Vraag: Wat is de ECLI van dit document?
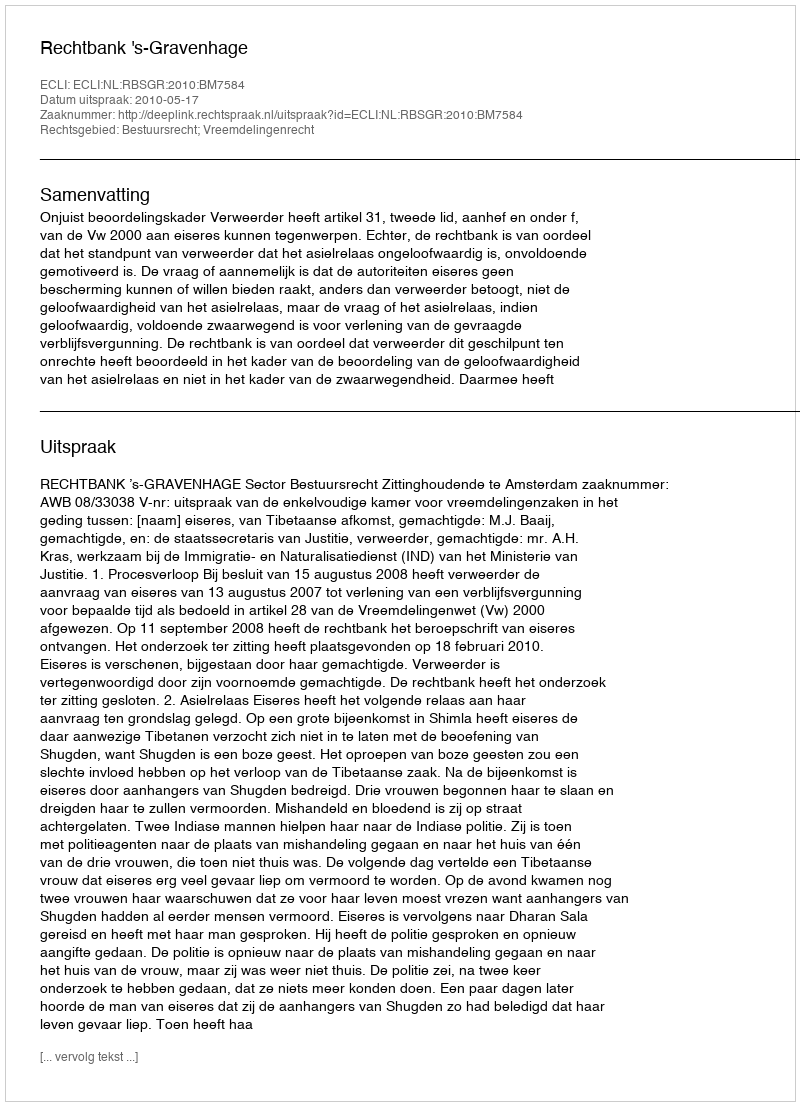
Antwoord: ECLI:NL:RBSGR:2010:BM7584